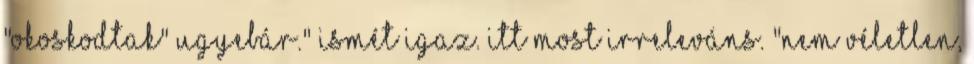
"okoskodtak" ugyebár." Ismét igaz. Itt most irreleváns. "Nem véletlen,